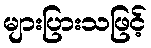
များပြားသဖြင့်